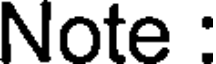
Note :